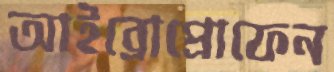
আইব্রোপ্রোফেন